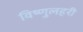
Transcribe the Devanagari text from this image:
विष्णुलहरी